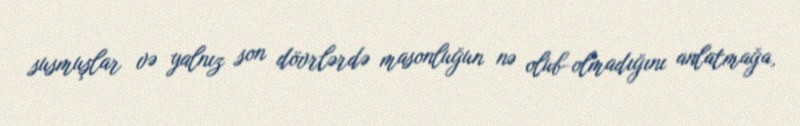
susmuşlar və yalnız son dövrlərdə masonluğun nə olub-olmadığını anlatmağa,